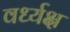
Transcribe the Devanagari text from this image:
वर्ध्यक्ष